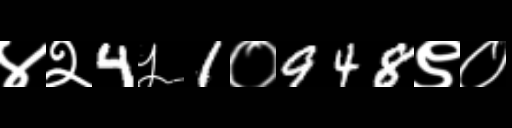
Text: ४२4५1०948९०